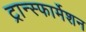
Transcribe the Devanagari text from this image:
ट्रान्स्फार्मेशन